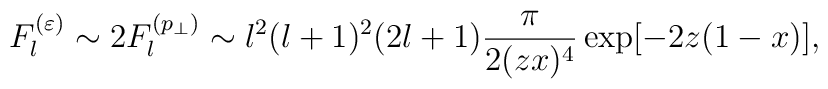
F_l^{(\varepsilon )}\sim 2F_l^{(p_\perp )}\sim l^2(l+1)^2(2l+1)\frac{\pi }{2(zx)^4}\exp [-2z(1-x)],